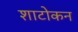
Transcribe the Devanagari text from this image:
शाटोकन